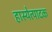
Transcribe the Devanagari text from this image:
हास्येत्पादक